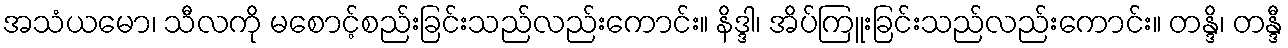
အသံယမော၊ သီလကို မစောင့်စည်းခြင်းသည်လည်းကောင်း။ နိဒ္ဒါ၊ အိပ်ကြူးခြင်းသည်လည်းကောင်း။ တန္ဒိ၊ တန္ဒီ